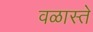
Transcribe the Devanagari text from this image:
वळास्ते